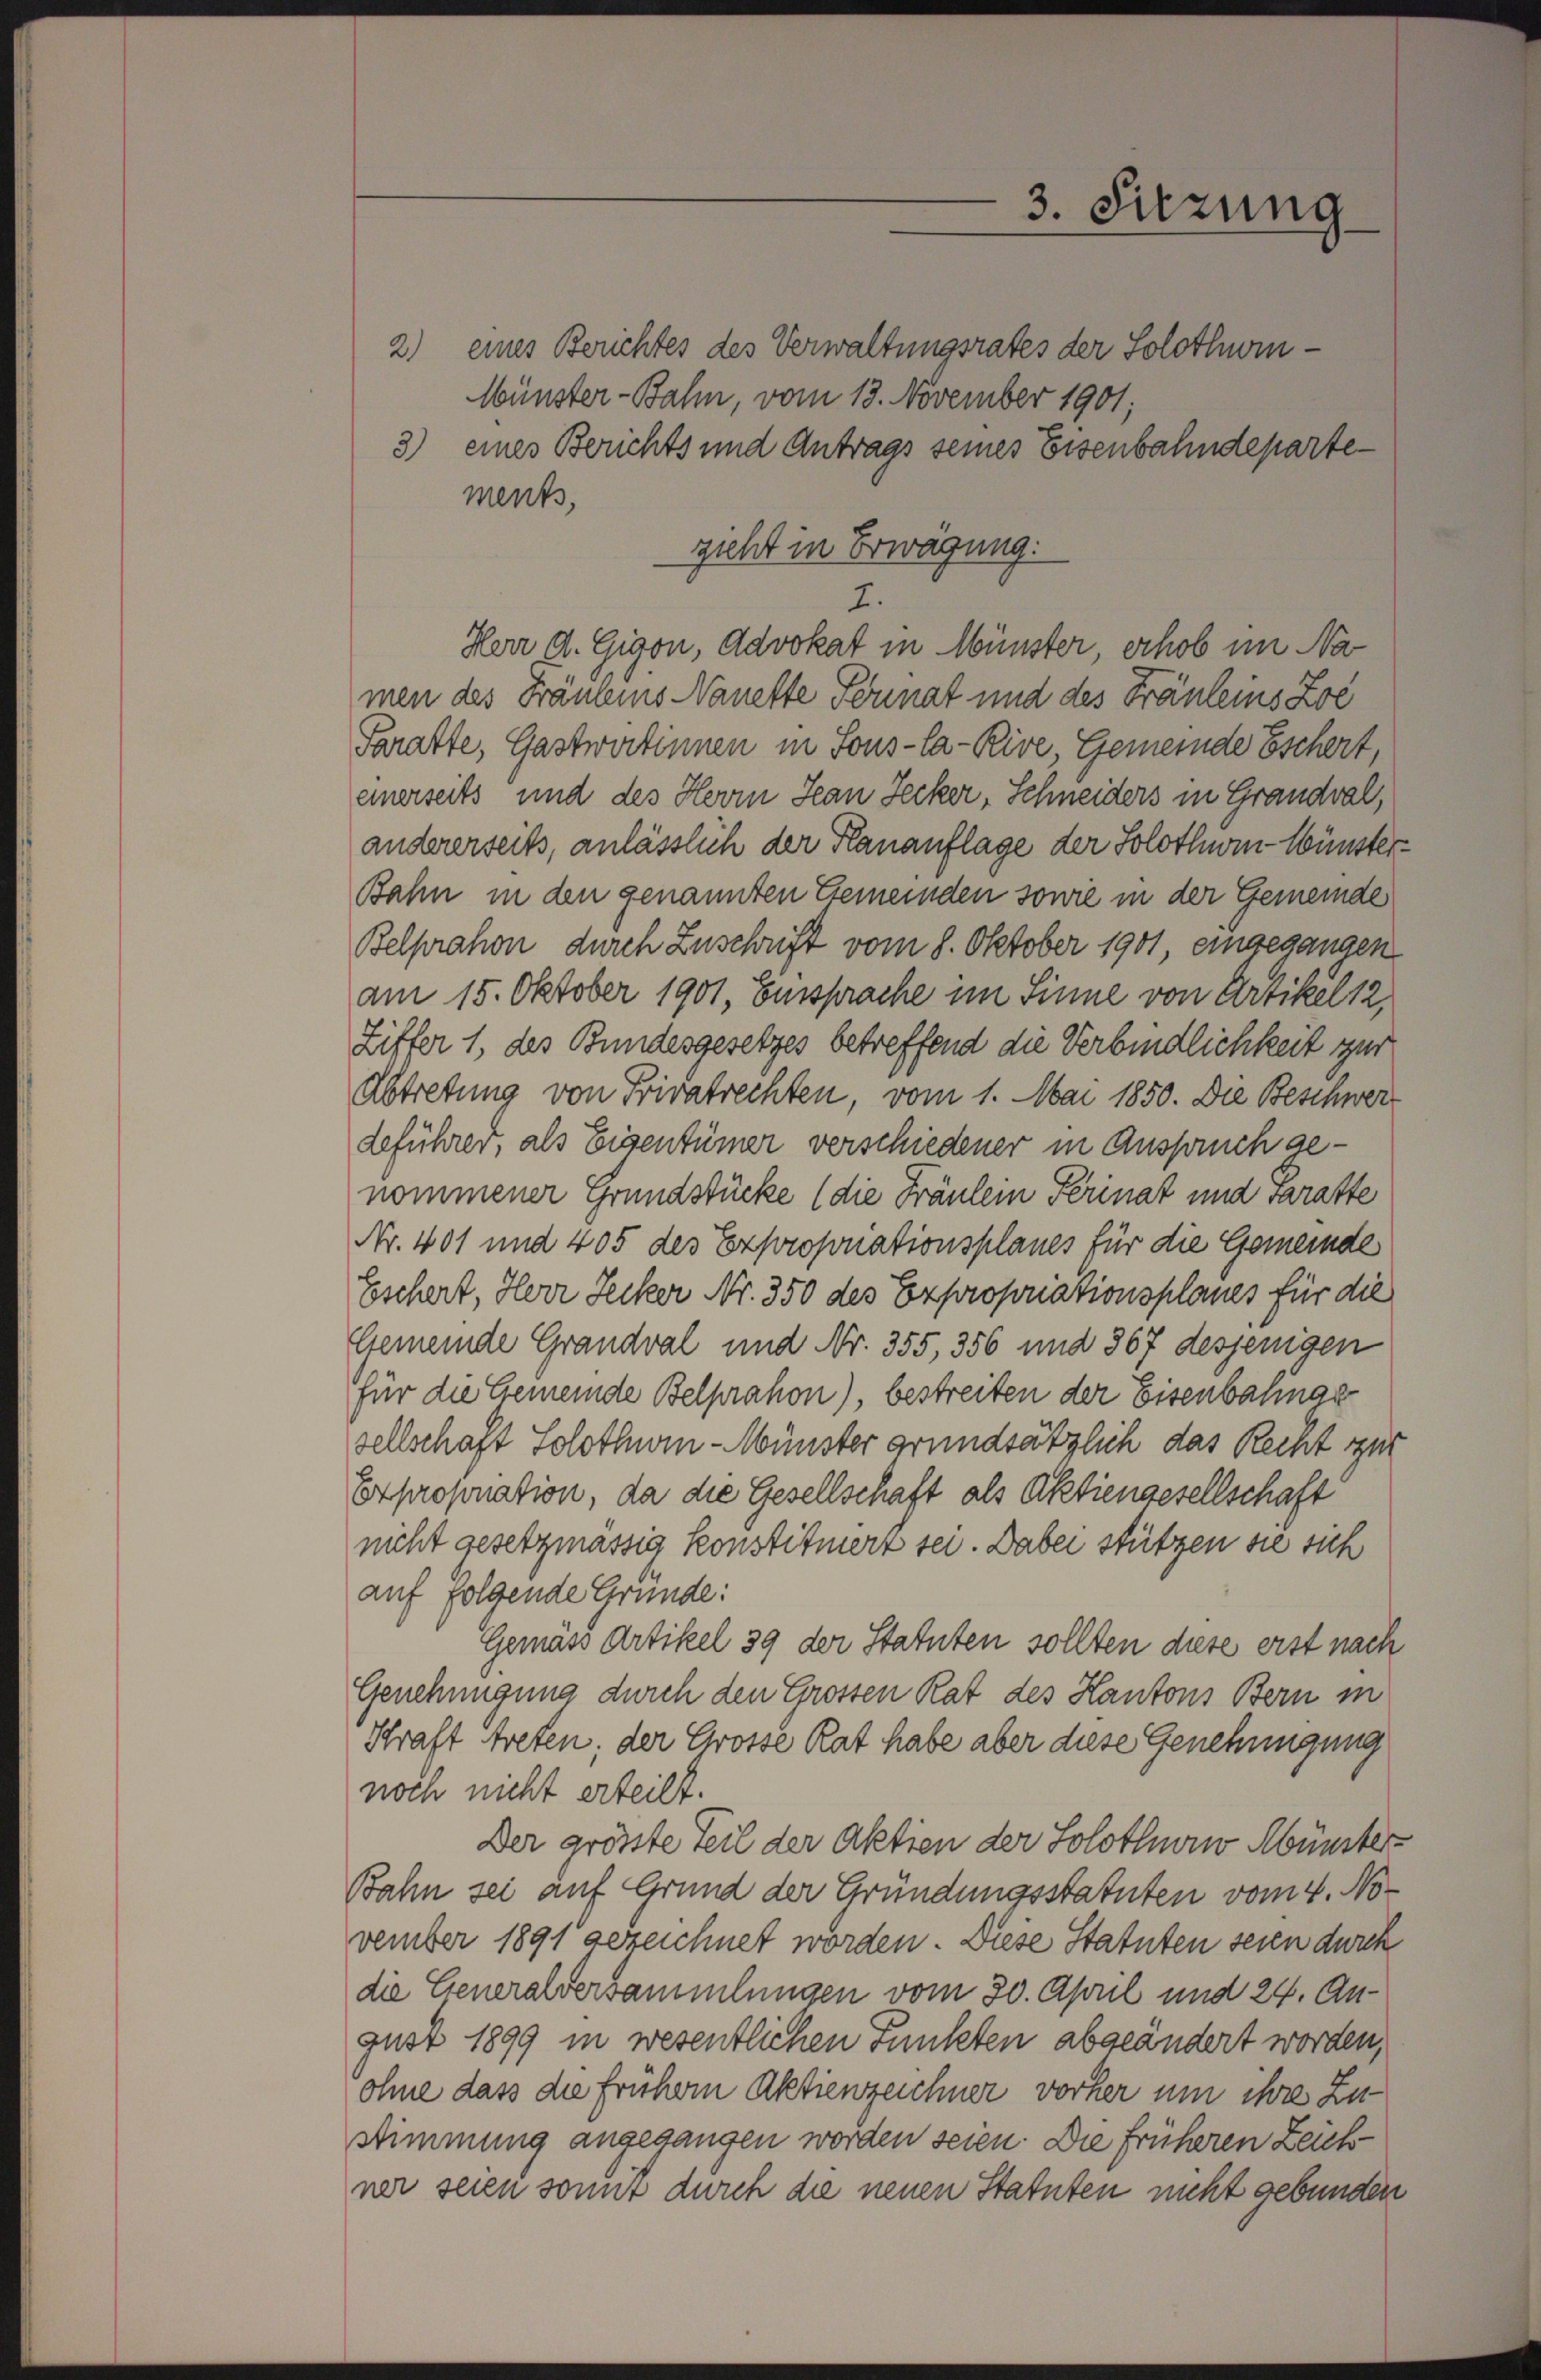
2) eines Berichtes des Verwaltungsrates der Solothin¬
Münster-Bahn, vom 13. November 1901;
3) eines Berichts und Antrags seines Eisenbahndepartements,
zieht in Erwägung:
7.
Herr d. Gigon, Advokat in Münster, erhob im Na
men des Fräuleis Nanette Format und des Fräuleins Zol
Paratte, Gastwirtinnen in Sons-Ca-Kive, Gemeinde Eschert,
einerseits und des Herrn Jean Zecker, Schneiders in Grandval,
andererseits, anlässlich der Planauflage der Solothin Wünster¬
Bahn in den genannten Gemeinden sowie in der Gemeinde
Belprahon durch Zuschrift vom 8. Oktober 1901, eingegangen
am 15. Oktober 1901, Einsprache im Sinne von Artikel 12
Liffer 1, des Bundesgesetzes betreffend die Verbindlichkeit zur
Abtretung von Privatrechten, vom 1. Mai 1850. Die Beschwer
deführer, als Eigentümer verschiedener in Anspruch genommener Grundstücke (die Fräulein Perinat und varatte
Nr. 401 und 405 des Exproporationsplanes für die Gemeinde
Eschert, Herr Secker Nr. 350 des Expropriationsplanes für die
Gemeinde Grandval und Nr. 355, 356 und 367 desjenigen
für die Gemeinde Belprahon), bestreiten der Eisenbahnas
sellschaft Solothurn - Wünster grundsätzlich das Recht zur
Exproponation, da die Gesellschaft als Aktiengesellschaft
nicht gesetzmässig konstituerz sei. Dabei stützen sie sich
auf folgende Gründe:
Gemäss Artikel 39 der Statuten sollten diese erst nach
Genehmigung durch den Grossen Rat des Kantons Bern in
Straft treten; der Grosse Rat habe aber diese Genehmigung
noch nicht erteilt.
Der grösste Teil der Aktien der Solothurn Münster-
Jahn sei auf Grund der Gründungsstatuten vom 4. November 1891 gezeichnet worden. Diese Statuten seien durch
die Generalversammlungen vom 30. April und 24. August 1899 in wesentlichen Funkten abgeändert worden,
ohne dass die frühern Aktienzeichner vorher um ihre Zustimmung angegangen worden seien. Die früheren Zeich
ner seien somit durch die neuen Statuten nicht gebunden

3. Sitzung